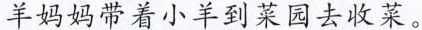
羊妈妈带着小羊到菜园去收菜。